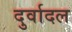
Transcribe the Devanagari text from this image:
दुर्वादल